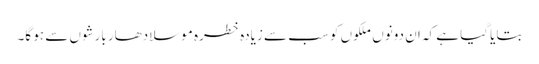
بتایا گیا ہے کہ ان دونوں ملکوں کو سب سے زیادہ خطرہ موسلادھار بارشوں سے ہو گا۔